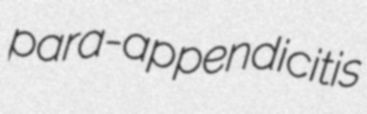
para-appendicitis